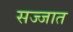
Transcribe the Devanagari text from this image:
सज्जात